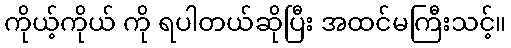
ကိုယ့်ကိုယ် ကို ရပါတယ်ဆိုပြီး အထင်မကြီးသင့်။